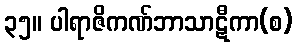
၃၅။ ပါရာဇိကဏ်ဘာသာဋီကာ(စ)